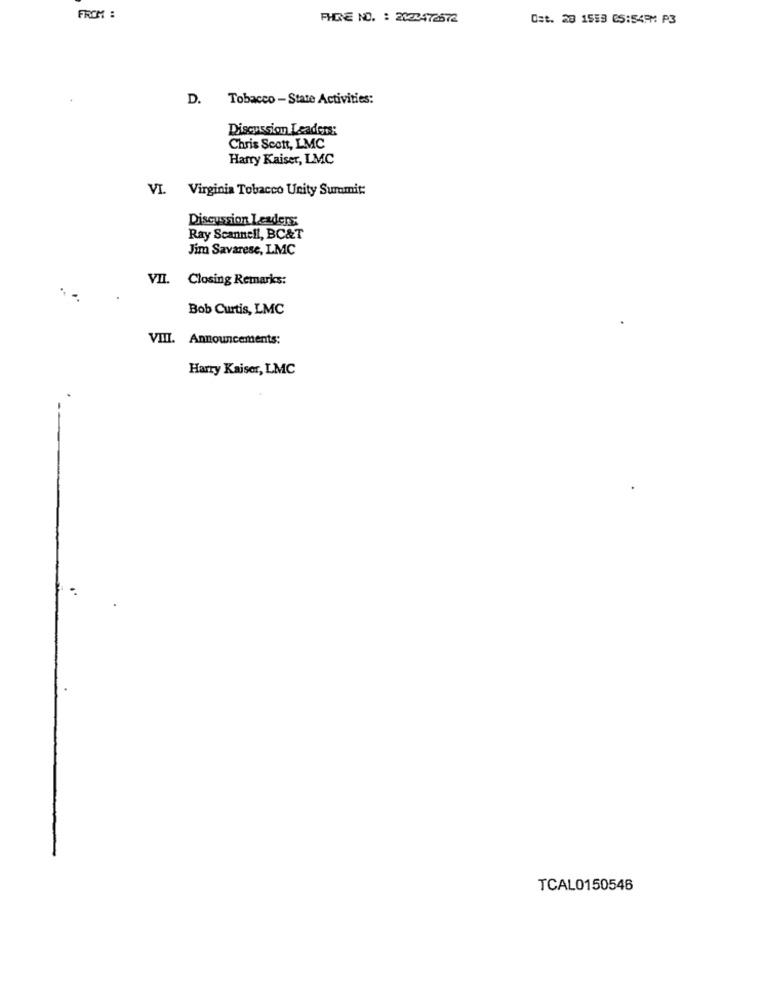
FROM :
PHONE NO. : 2020ATESTE
Ost. 20 1553 65:54PM P3
D. Tobacco - State Activities:
Discussion Leaders:
Chris Scott, LMC
Harry Kaiser, LMC
VI. Virginia Tobacco Unity Summit:
Discussion Leaders:
Ray Scannell, BC&T
Jim Savarese, LMC
VII. Closing Remarks:
Bob Curtis, LMC
VIII. Announcements:
Harry Kaiser, LMC
TCAL0150546